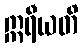
ဣရီယတိ